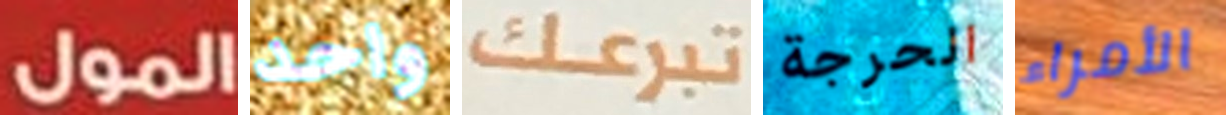
المول واحد تبرعك الحرجة الأمراء